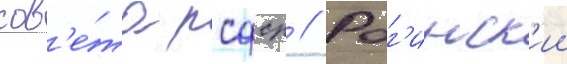
сов'е́та рсфср // Рог'инск'ии